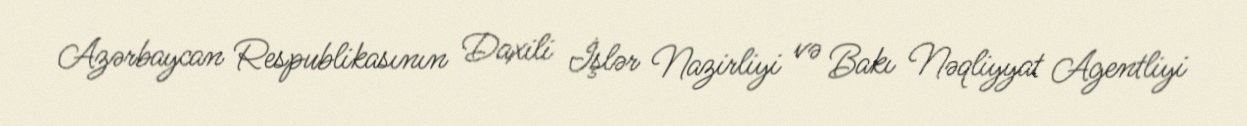
Azərbaycan Respublikasının Daxili İşlər Nazirliyi və Bakı Nəqliyyat Agentliyi